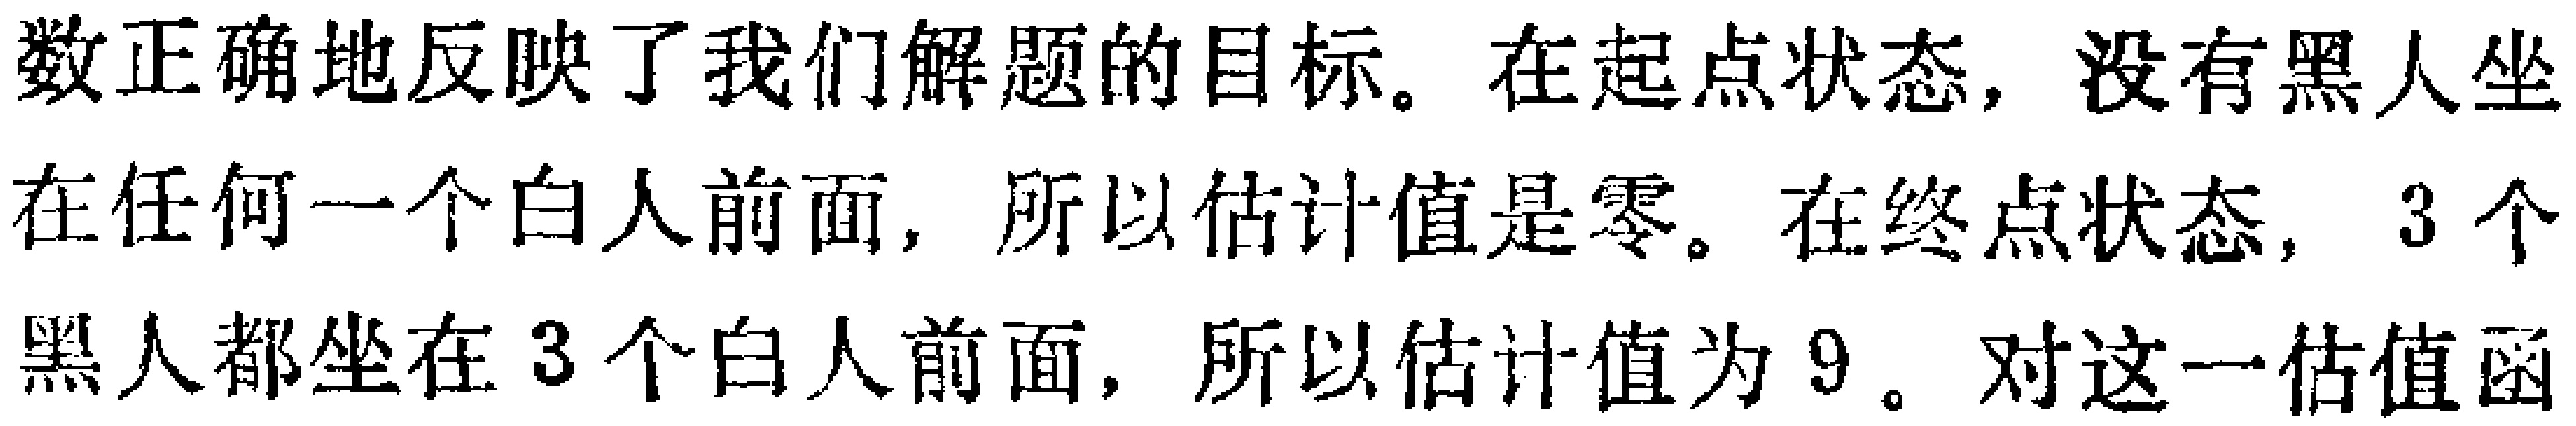
数正确地反映了我们解题的目标。在起点状态，没有黑人坐

在任何一个白人前面，所以估计值是零。在终点状态，3个

黑人都坐在3个白人前面，所以估计值为9。对这一估值函